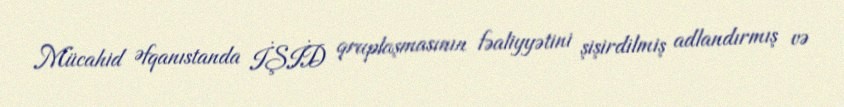
Mücahid Əfqanıstanda İŞİD qruplaşmasının fəaliyyətini şişirdilmiş adlandırmış və